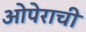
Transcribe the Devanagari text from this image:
ओपेराची